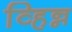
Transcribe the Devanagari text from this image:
व्हिन्न